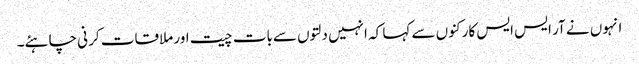
انہوں نے آر ایس ایس کارکنوں سے کہا کہ انہیں دلتوں سےبات چیت اور ملاقات کر نی چاہئے۔